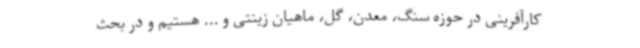
کارآفرینی در حوزه سنگ، معدن، گل، ماهیان زینتی و ... هستیم و در بحث